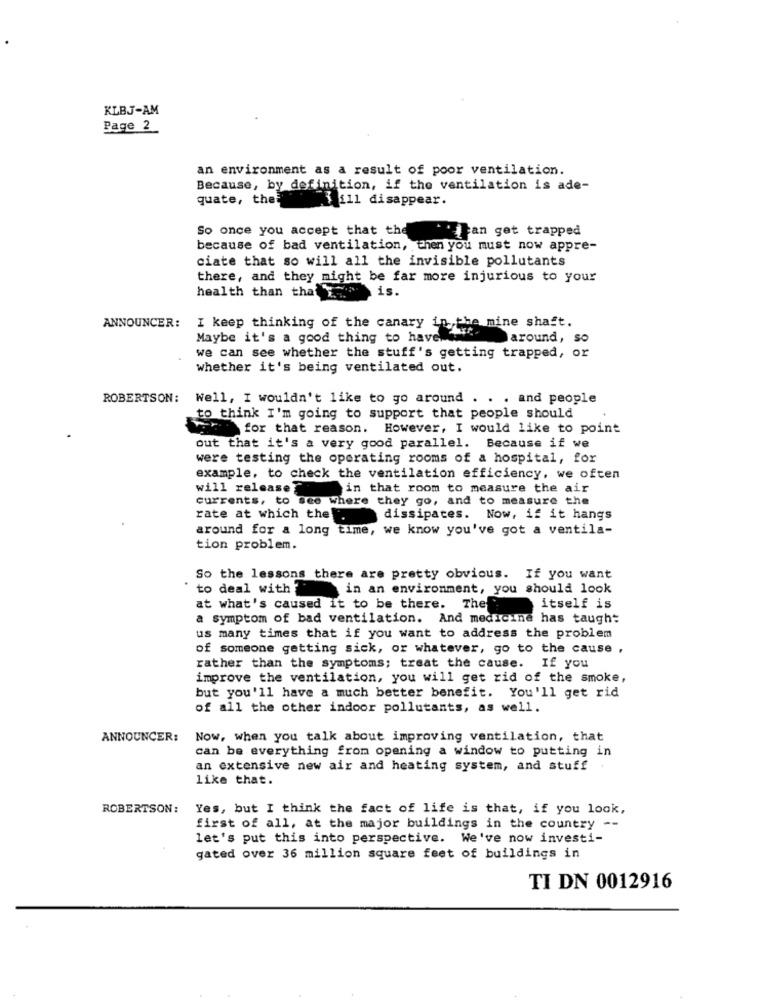
KLBJ-AM
Page 2
an environment as a result of poor ventilation.
Because, by definition, if the ventilation is ade-
quate, thet
3 ill disappear.
can get trapped
So once you accept that the
because of bad ventilation, then you must now appre-
ciate that so will all the invisible pollutants
there, and they might be far more injurious to your
health than that is.
ANNOUNCER: I keep thinking of the canary in the mine shaft.
Maybe it's a good thing to have
around, so
we can see whether the stuff's getting trapped, or
whether it's being ventilated out.
ROBERTSON: Well, I wouldn't like to go around . . . and people
to think I'm going to support that people should
for that reason. However, I would like to point
out that it's a very good parallel. Because if we
were testing the operating rooms of a hospital, for
example, to check the ventilation efficiency, we often
will release
in that room to measure the air
currents, to see where they go, and to measure the
rate at which the
dissipates. Now, if it hangs
around for a long time, we know you've got a ventila-
tion problem.
So the lessons there are pretty obvious. If you want
to deal with
in an environment, you should look
at what's caused it to be there. The
itself is
a symptom of bad ventilation. And medicine has taught
us many times that if you want to address the problem
of someone getting sick, or whatever, go to the cause ,
rather than the symptoms; treat the cause. If you
improve the ventilation, you will get rid of the smoke,
but you'll have a much better benefit. You'll get rid
of all the other indoor pollutants, as well.
ANNOUNCER:
Now, when you talk about improving ventilation, that
can be everything from opening a window to putting in
an extensive new air and heating system, and stuff
like that.
ROBERTSON:
Yes, but I think the fact of life is that, if you look,
first of all, at the major buildings in the country --
let's put this into perspective. We've now investi-
gated over 36 million square feet of buildings in
TI DN 0012916